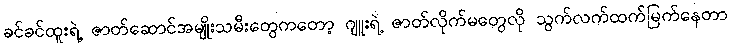
ခင်ခင်ထူးရဲ့ ဇာတ်ဆောင်အမျိုးသမီးတွေကတော့ ဂျူးရဲ့ ဇာတ်လိုက်မတွေလို သွက်လက်ထက်မြက်နေတာ